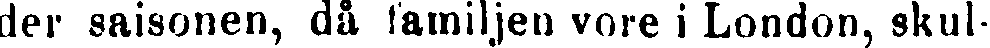
der saisonen, då familjen vore i London, skul-